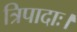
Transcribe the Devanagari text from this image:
त्रिपादाः।